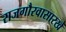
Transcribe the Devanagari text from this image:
राजगौरवासारखे